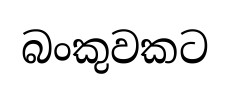
බංකුවකට